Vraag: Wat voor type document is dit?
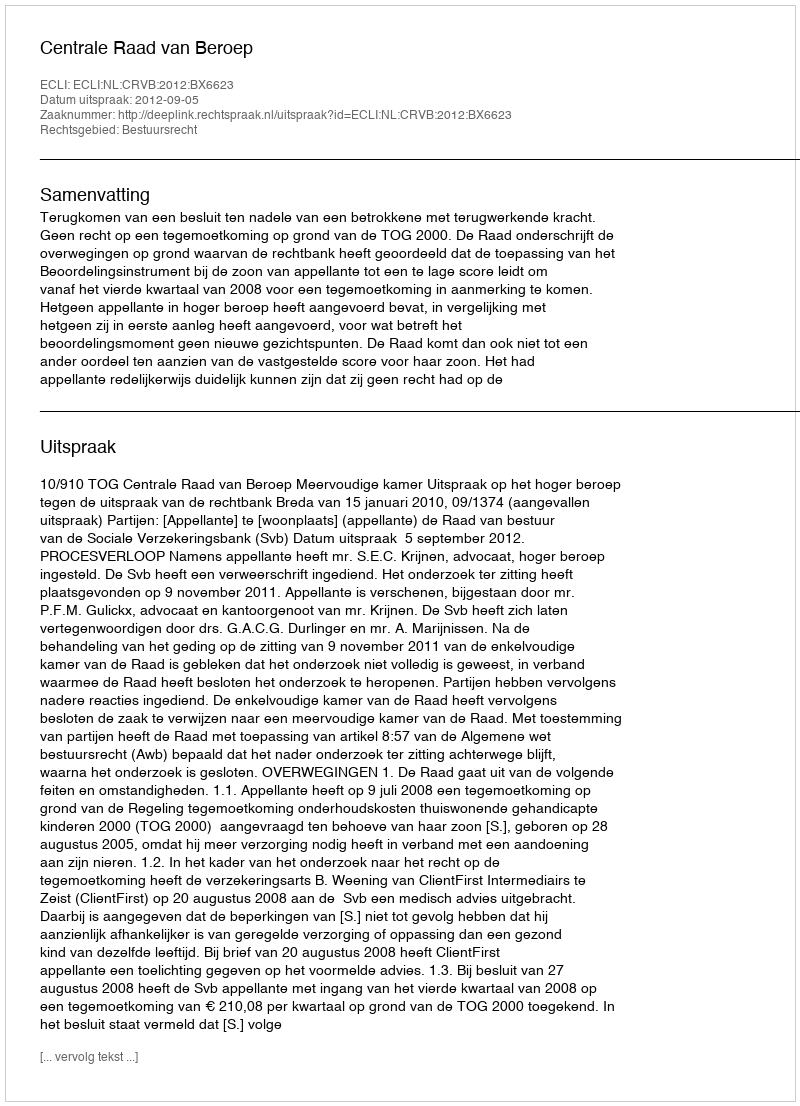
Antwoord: Uitspraak